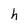
Character: h